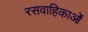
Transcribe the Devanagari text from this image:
रसवाहिकाओं